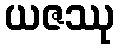
ယဇဿု